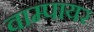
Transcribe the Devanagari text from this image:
वाम्पायर